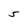
Character: 5